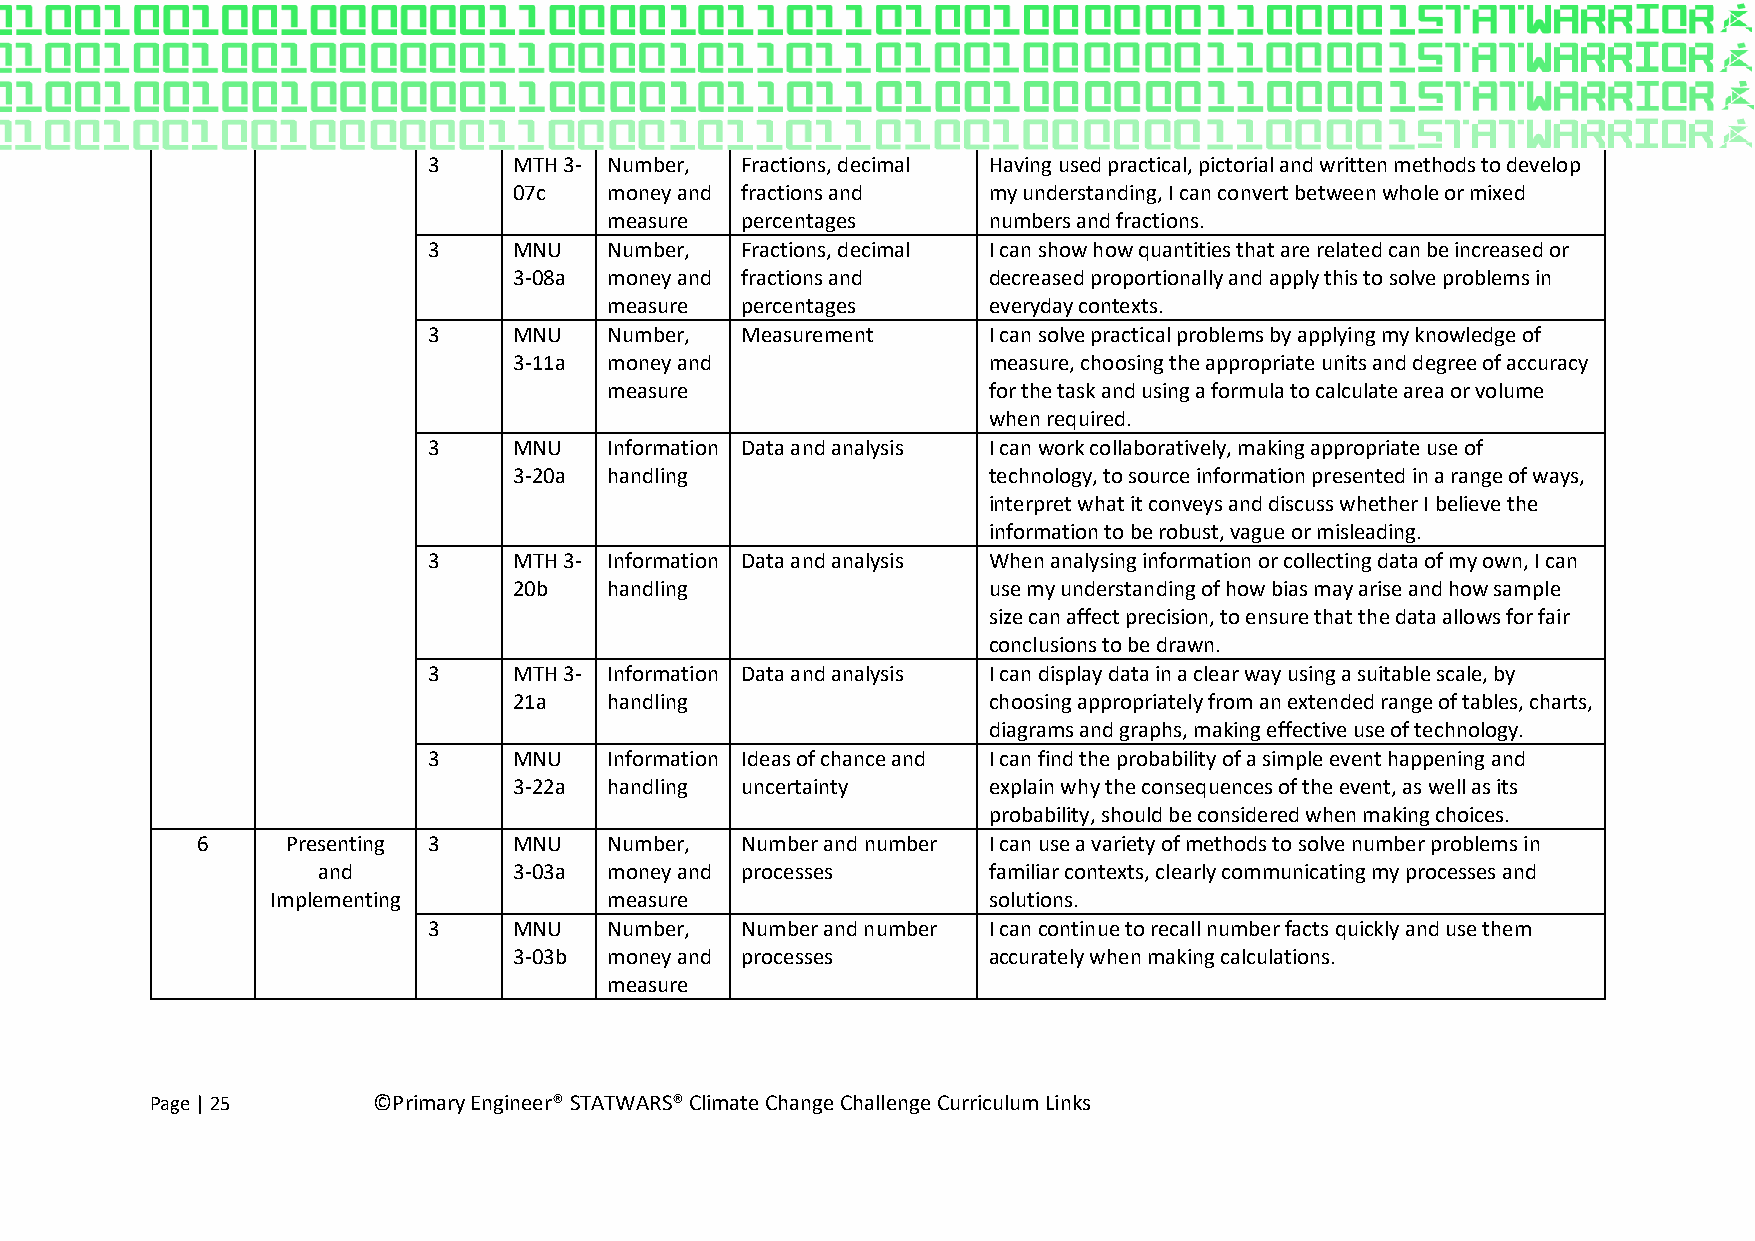
3     MTH 3- Number, Fractions, decimal Having used practical, pictorial and written methods to develop
 07c   money and fractions and  my understanding, I can convert between whole or mixed
 measure  percentages     numbers and fractions.
 3     MNU   Number,  Fractions, decimal I can show how quantities that are related can be increased or
 3-08a money and fractions and  decreased proportionally and apply this to solve problems in
 measure  percentages     everyday contexts.
 3     MNU   Number,  Measurement     I can solve practical problems by applying my knowledge of
 3-11a money and                measure, choosing the appropriate units and degree of accuracy
 measure                  for the task and using a formula to calculate area or volume
 when required.
 3     MNU   Information Data and analysis I can work collaboratively, making appropriate use of
 3-20a handling                 technology, to source information presented in a range of ways,
 interpret what it conveys and discuss whether I believe the
 information to be robust, vague or misleading.
 3     MTH 3- Information Data and analysis When analysing information or collecting data of my own, I can
 20b   handling                 use my understanding of how bias may arise and how sample
 size can affect precision, to ensure that the data allows for fair
 conclusions to be drawn.
 3     MTH 3- Information Data and analysis I can display data in a clear way using a suitable scale, by
 21a   handling                 choosing appropriately from an extended range of tables, charts,
 diagrams and graphs, making effective use of technology.
 3     MNU   Information Ideas of chance and I can find the probability of a simple event happening and
 3-22a handling uncertainty     explain why the consequences of the event, as well as its
 probability, should be considered when making choices.
 6     Presenting 3   MNU   Number,  Number and number I can use a variety of methods to solve number problems in
 and          3-03a money and processes      familiar contexts, clearly communicating my processes and
 Implementing          measure                  solutions.
 3     MNU   Number,  Number and number I can continue to recall number facts quickly and use them
 3-03b money and processes      accurately when making calculations.
 measure
 Page | 25      ©Primary Engineer® STATWARS® Climate Change Challenge Curriculum Links